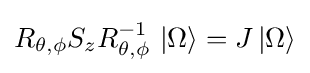
R_{\theta ,\phi }S_{z}R_{\theta ,\phi }^{-1}\ |\Omega \rangle =J\,|\Omega \rangle